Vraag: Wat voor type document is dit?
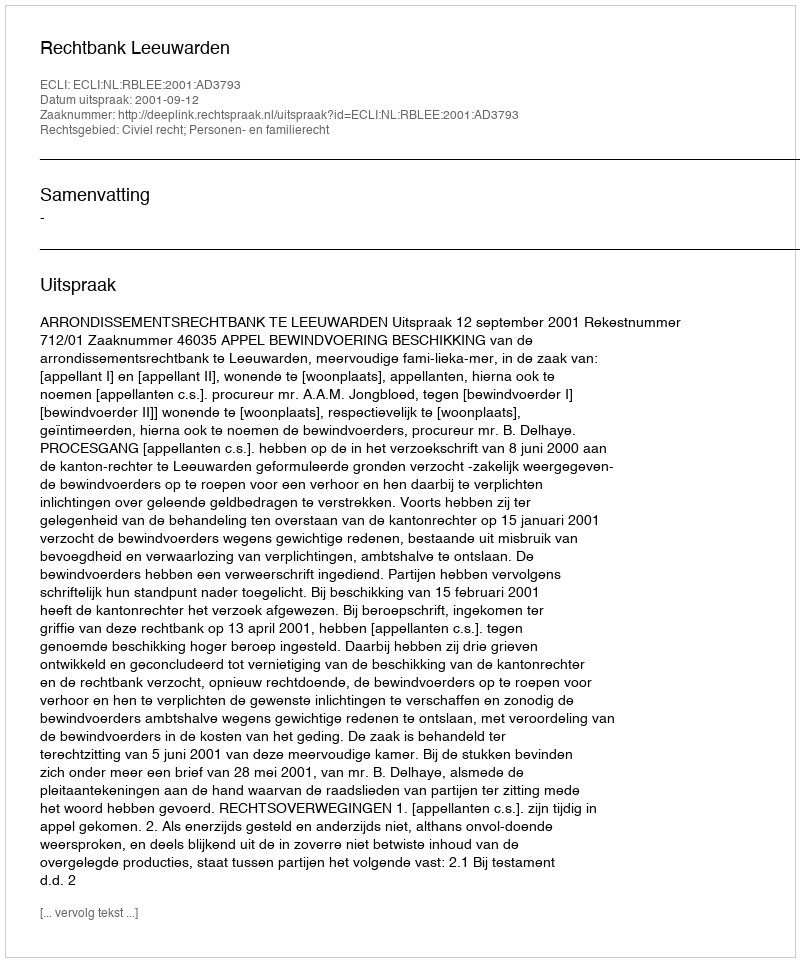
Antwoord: Uitspraak